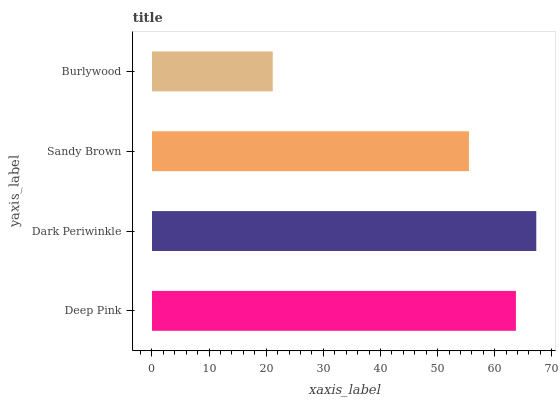
| yaxis_label | bars |
 | --- | --- |
 | Deep Pink | 63.7 |
 | Dark Periwinkle | 67.3 |
 | Sandy Brown | 55.5 |
 | Burlywood | 21.1 |